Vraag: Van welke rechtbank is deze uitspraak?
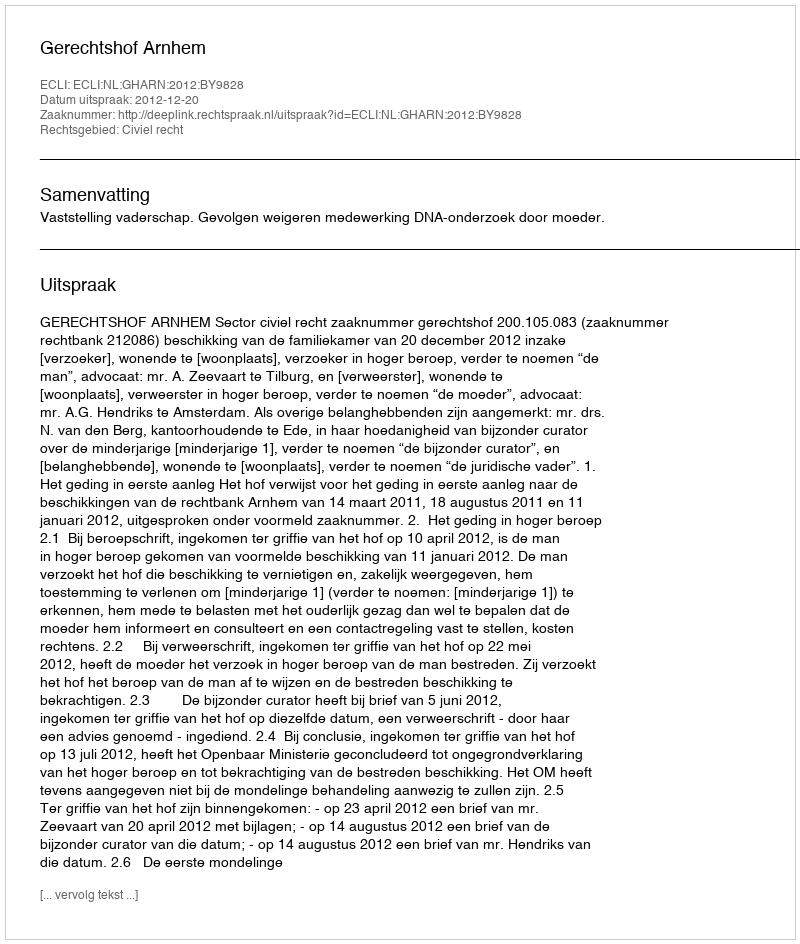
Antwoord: Gerechtshof Arnhem